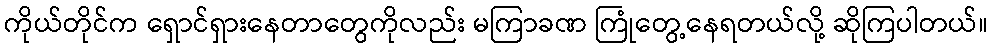
ကိုယ်တိုင်က ရှောင်ရှားနေတာတွေကိုလည်း မကြာခဏ ကြုံတွေ့နေရတယ်လို့ ဆိုကြပါတယ်။